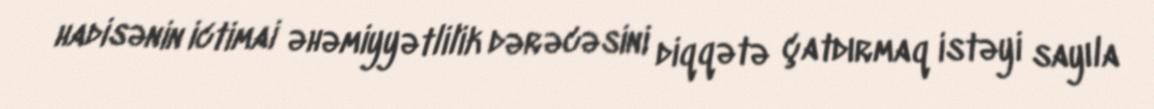
hadisənin ictimai əhəmiyyətlilik dərəcəsini diqqətə çatdırmaq istəyi sayıla